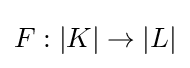
F:|K|\to |L|